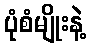
ပုံစံမျိုးနဲ့